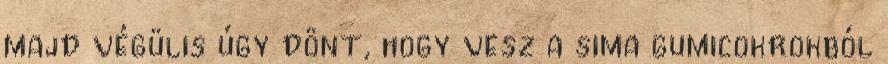
majd végülis úgy dönt, hogy vesz a sima gumicokrokból